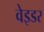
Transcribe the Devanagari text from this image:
वेइडर